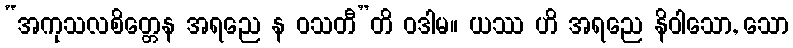
“အကုသလစိတ္တေန အရညေ န ဝသတီ”တိ ဝဒါမ။ ယဿ ဟိ အရညေ နိဝါသော, သော